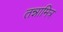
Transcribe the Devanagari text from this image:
तन्नामित्र